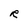
Character: R